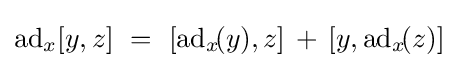
\mathrm {ad} _{x}[y,z]\ =\ [\mathrm {ad} _{x}\!(y),z]\,+\,[y,\mathrm {ad} _{x}\!(z)]